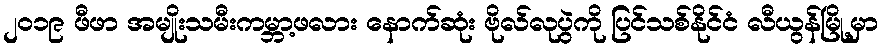
၂၀၁၉ ဖီဖာ အမျိုးသမီးကမ္ဘာ့ဖလား နောက်ဆုံး ဗိုလ်လုပွဲကို ပြင်သစ်နိုင်ငံ လီယွန်မြို့မှာ